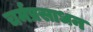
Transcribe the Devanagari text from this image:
चर्मप्रसाधन